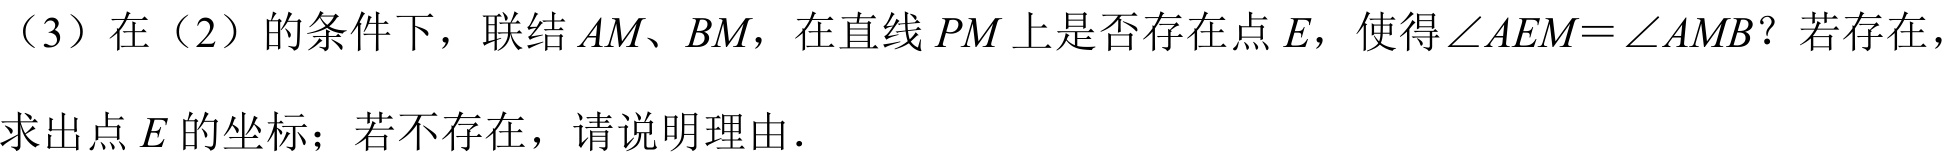
（3）在（2）的条件下，联结 \(AM、BM\)，在直线 \(PM\) 上是否存在点 \(E\)，使得\(\angle AEM=\angle AMB\)？若存在，求出点 \(E\) 的坐标；若不存在，请说明理由.